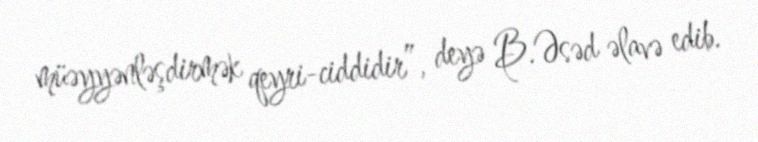
müəyyənləşdirmək qeyri-ciddidir”, deyə B.Əsəd əlavə edib.